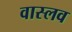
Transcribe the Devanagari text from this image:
वास्लव